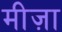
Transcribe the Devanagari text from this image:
मीज़ा